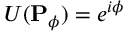
U ( \mathbf { P } _ { \phi } ) = e ^ { i \phi }